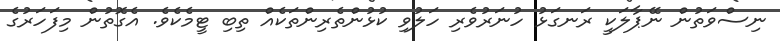
ނިސްވަތުން ނޭޕާލަކީ ރަނގަޅު ހުނަރުވެރި ހަލުވި ކުޅުންތެރިންތަކެއް ތިބި ޓީމެކެވެ. އެގޮތުން މިފަހަރުގެ